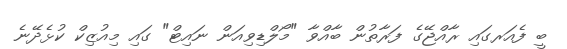
ބީ ފެއަރގައި ރާއްޖޭގެ ފަރާތުން ބާއްވާ "މޯލްޑިވިއަން ނައިޓް" ގައި މިއުޒިކް ކުޅެދޭނެ